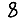
Digit: 8